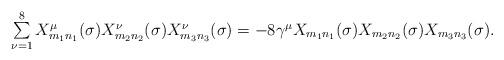
LaTeX: \begin{align*}\begin{array}{lcr}\sum\limits_{\nu=1}^{8}X_{m_1n_1}^{\mu}(\sigma)X_{m_2n_2}^{\nu}(\sigma)X_{m_3n_3}^{\nu}(\sigma)=-8{\gamma}^{\mu}X_{m_1n_1}(\sigma)X_{m_2n_2}(\sigma)X_{m_3n_3}(\sigma) .\end{array}\end{align*}